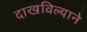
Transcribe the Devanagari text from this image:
दाखविल्याने